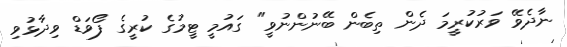
ނާދެވޭ ވަރުކުރީމަ ދެން ތިބެން ބޭނުންނުވީ" ގައުމީ ޓީމުގެ ކުރީގެ ފޯވަޑް ވިދާޅުވި